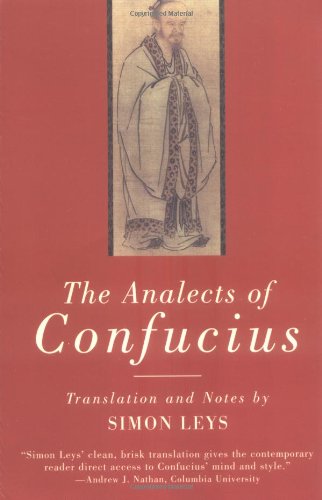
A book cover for The Analects of Confucius (Norton Paperback); Confucius; Religion & Spirituality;